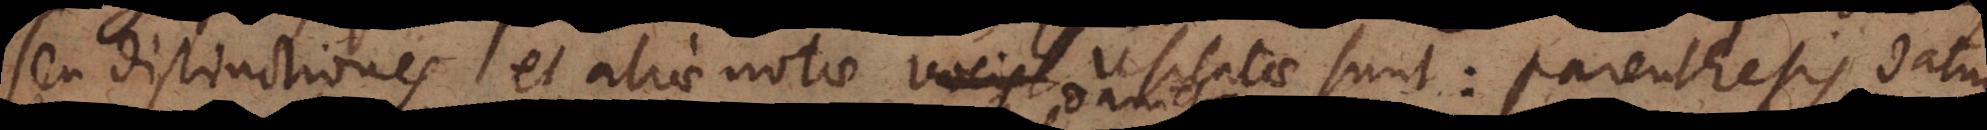
seu distinctiones et aliae notae vocis usitatae sunt: parenthesis, datu